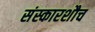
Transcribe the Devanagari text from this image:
संस्कारशौच